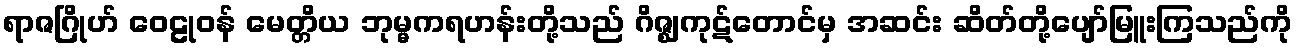
ရာဇဂြိုဟ် ဝေဠုဝန် မေတ္တိယ ဘုမ္မကရဟန်းတို့သည် ဂိဇ္ဈကုဋ်တောင်မှ အဆင်း ဆိတ်တို့ပျော်မြူးကြသည်ကို